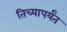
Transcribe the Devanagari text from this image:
तिच्यापर्यंत